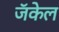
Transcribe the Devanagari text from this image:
जॅकेल